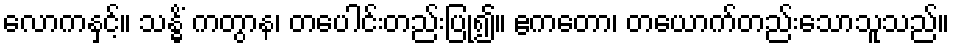
လောကနှင့်။ သန္ဓိံ ကတွာန၊ တပေါင်းတည်းပြု၍။ ဧကတော၊ တယောက်တည်းသောသူသည်။